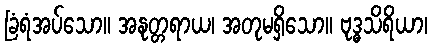
ခြံရံအပ်သော။ အနုတ္တရာယ၊ အတုမရှိသော။ ဗုဒ္ဓသိရိယာ၊